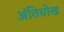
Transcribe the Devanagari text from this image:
अंतियोख